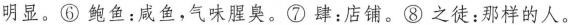
明显。⑥鲍鱼：咸鱼，气味腥臭。⑦肆：店铺。⑧之徒：那样的人。